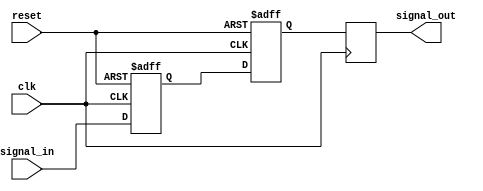
module two_flop_synchronizer (
    input wire clk,
    input wire reset,
    input wire signal_in,
    output reg signal_out
);

reg flop1, flop2;

always @(posedge clk or posedge reset) begin
    if (reset) begin
        flop1 <= 1'b0;
        flop2 <= 1'b0;
    end else begin
        flop1 <= signal_in;
        flop2 <= flop1;
    end
end

always @(posedge clk) begin
    signal_out <= flop2;
end

endmodule